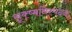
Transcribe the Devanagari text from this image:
सूक्ष्मनिस्पंदन